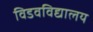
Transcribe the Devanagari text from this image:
विडवविद्यालय